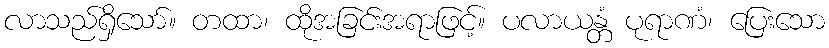
လာသည်ရှိသော်။ တထာ၊ ထိုအခြင်းအရာဖြင့်။ ပလာယန္တံ ပုရာဏံ၊ ပြေးသော